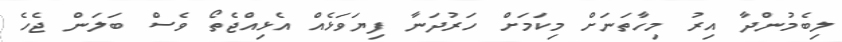
ލިބެމުންދާ އިރު މިހާތަނަށް މިކަމަށް ހަރުދަނާ ފިޔަވަޅެއް އެޅިއްޖެތޯ ވެސް ބަލަން ޖެހެ